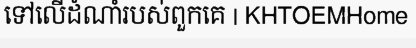
ទៅលើដំណាំរបស់ពួកគេ | KHTOEMHome